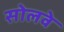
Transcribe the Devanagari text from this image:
सोलवे